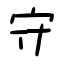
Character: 守